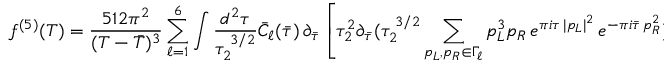
f ^ { ( 5 ) } ( T ) = { \frac { 5 1 2 \pi ^ { 2 } } { ( T - { \bar { T } } ) ^ { 3 } } } \sum _ { \ell = 1 } ^ { 6 } \int \frac { d ^ { 2 } \tau } { \tau _ { 2 } ^ { \; 3 / 2 } } \bar { C } _ { \ell } ( \bar { \tau } ) \, \partial _ { \bar { \tau } } \left[ \tau _ { 2 } ^ { 2 } \partial _ { \bar { \tau } } ( \tau _ { 2 } ^ { \; 3 / 2 } \sum _ { p _ { L } , p _ { R } \in \Gamma _ { \ell } } p _ { L } ^ { 3 } { p } _ { R } \, e ^ { \pi i \tau \, | p _ { L } | ^ { 2 } } \, e ^ { - \pi i \bar { \tau } \, p _ { R } ^ { 2 } } ) \right] \, .